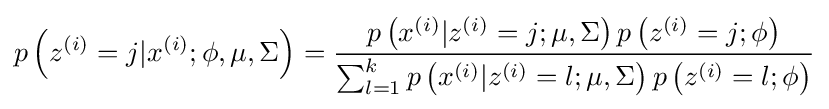
p\left(z^{(i)}=j|x^{(i)};\phi ,\mu ,\Sigma \right)={\frac {p\left(x^{(i)}|z^{(i)}=j;\mu ,\Sigma \right)p\left(z^{(i)}=j;\phi \right)}{\sum _{l=1}^{k}p\left(x^{(i)}|z^{(i)}=l;\mu ,\Sigma \right)p\left(z^{(i)}=l;\phi \right)}}